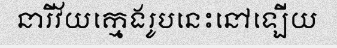
នារីវ័យក្មេងរូបនេះនៅឡើយ